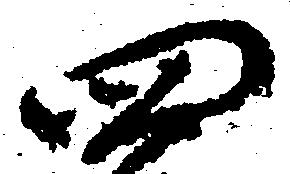
四